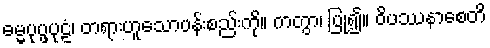
ဓမ္မပုပ္ဖပုဠံ၊ တရားဟူသောပန်းစည်းကို။ ကတွာ၊ ပြု၍။ ဝိပဿနာစေတိ